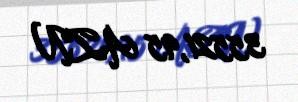
35521,95 AZN